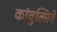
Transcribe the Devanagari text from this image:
कांवुल्सिवे